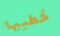
خطيبها